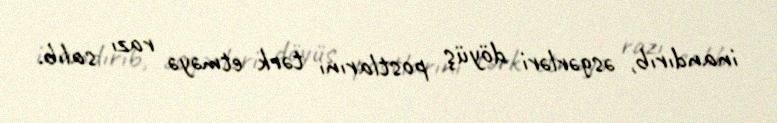
inandırıb, əsgərləri döyüş postlarını tərk etməyə razı salıb.